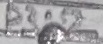
Text: P3.2